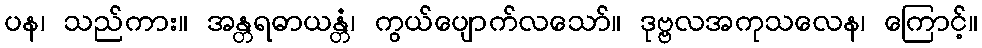
ပန၊ သည်ကား။ အန္တရဓာယန္တံ၊ ကွယ်ပျောက်လသော်။ ဒုဗ္ဗလအကုသလေန၊ ကြောင့်။